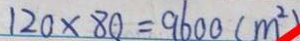
1 2 0 \times 8 0 = 9 6 0 0 ( m ^ { 2 } )